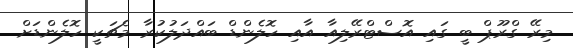
މިރޭ ގްރޫޕް ބީ ގައި އޮސްޓްރޭލިއާ އާއި ހޮލެންޑް ބައްދަލުކުރާ މެޗަކީ ހޮލެންޑަށް